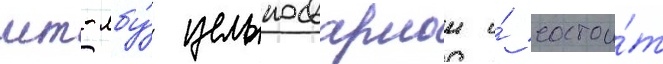
мт-лбу́ цельносварнои и́ состои́т